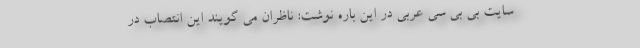
سایت بی بی سی عربی در این باره نوشت: ناظران می گویند این انتصاب در